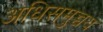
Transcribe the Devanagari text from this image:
अधिसमुच्चय